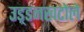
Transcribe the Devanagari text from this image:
उड़्डनखटोले